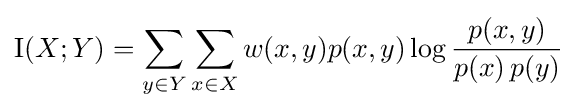
\operatorname {I} (X;Y)=\sum _{y\in Y}\sum _{x\in X}w(x,y)p(x,y)\log {\frac {p(x,y)}{p(x)\,p(y)}}